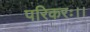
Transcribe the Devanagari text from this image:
परिकरः।।